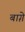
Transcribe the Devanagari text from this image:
बाग़े